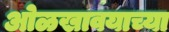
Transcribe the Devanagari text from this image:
ओळखावयाच्या